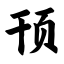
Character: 顸